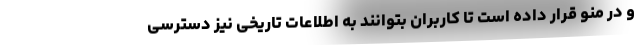
و در منو قرار داده است تا کاربران بتوانند به اطلاعات تاریخی نیز دسترسی